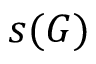
s ( G )